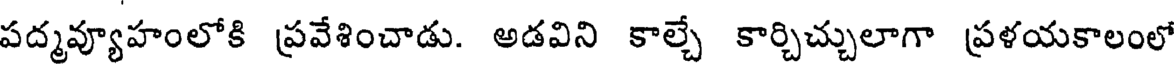
పద్మవ్యూహంలోకి ప్రవేశించాడు. అడవిని కాల్చే కార్చిచ్చులాగా ప్రళయకాలంలో